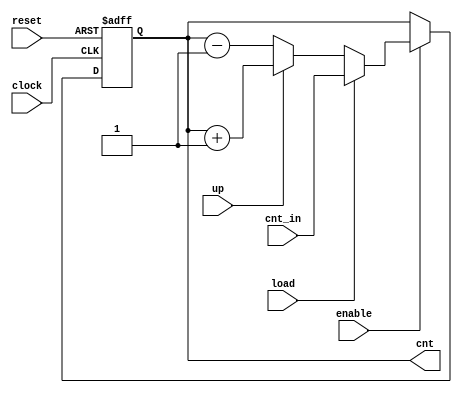
// desc: 4-Bit Aufwrtszhler mit Reset-Eingang (low active), Enable-Eingang,
//       Zhlereingang und Zhlrichtung

module counter_4bit (output reg [3:0]  cnt,
                     input  wire       clock, reset, enable, load, up,
                     input  wire [3:0] cnt_in);
  
  always @(posedge clock or negedge reset)
    begin: COUNTER
      if (!reset)
        cnt <= 0;
      else
        if (enable)
          if (load)
            cnt <= cnt_in;
          else
            if (up)
              cnt <= cnt + 1;
      		else
              cnt <= cnt - 1;
    end
    
endmodule